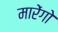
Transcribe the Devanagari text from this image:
मारेंगो